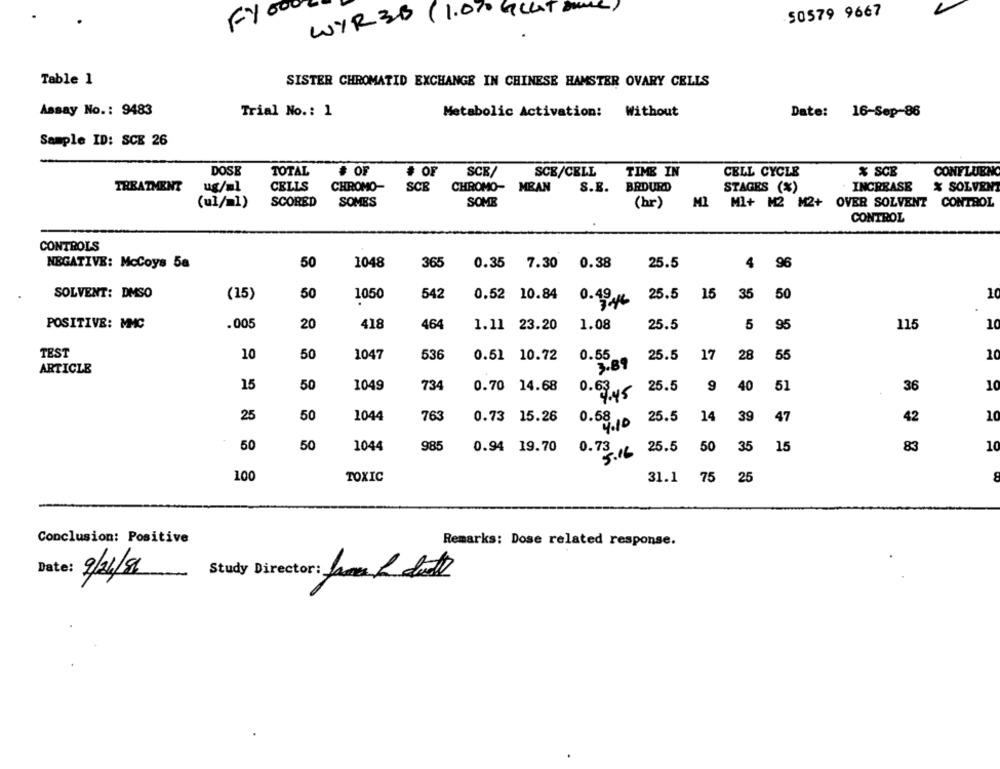
61 000
WYR30 (1.0% GULT DUNG)
50579 9667
Table 1
SISTER CHROMATID EXCHANGE IN CHINESE HAMSTER OVARY CELLS
Assay No .: 9483
Trial No .: 1
Metabolic Activation: Without
Date: 16-Sep-86
Sample ID: SCE 26
DOSE
TOTAL
# OF
# OF
SCB/
SCE/CELL
TIME IN
CELL CYCLE
% SCB
CONFLUENO
TREATMENT
ug/ml
CELLS
CHROMO-
SCE CHROMO- MEAN
S.E. BRDURD
STAGES (%)
INCREASE
% SOLVENT
(ul/=1)
SCORED
SOMES
SOME
(hr)
MI
MI+ M2 M2+ OVER SOLVENT CONTROL
CONTROL
CONTROLS
NEGATIVE: McCoys 5a
50
1048
365
0.35
7.30
0.38
25.5
4
SOLVENT: DMSO
(15)
50
1050
542
0.52 10.84
25.5 15 35
50
10
0.4916
POSITIVE: MMC
.005
20
418
464
1.11 23.20
1.08
25.5
5
95
115
10
TEST
10
50
0.55
1047
536
0.51 10.72
25.5
17
28
55
10
ARTICLE
3.89
0.63
15
50
1049
734
0.70 14.68
9:45
25.5
9
40
51
36
10
50
0.68
25
1044
763
0.73 15.26
25.5
14
39
47
42
10
4.10
50
50
1044
985
0.73
50
35
10
0.94 19.70
5.16 25.5
15
83
100
TOXIC
31.1
75 25
Conclusion: Positive
Remarks: Dose related response.
9/24/8
Study Director: Jan 2 duth